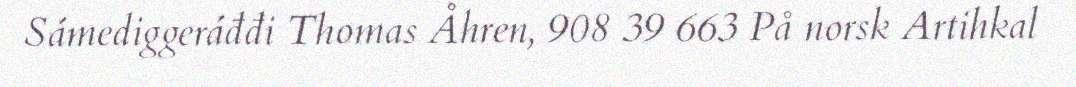
Sámediggeráđđi Thomas Åhren, 908 39 663 På norsk Artihkal